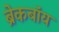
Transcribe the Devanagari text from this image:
ब्रेकबॉय